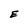
Character: E